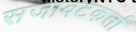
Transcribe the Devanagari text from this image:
सजावटकर्ता